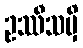
ဥဿီသမှိ